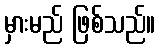
မှားမည် ဖြစ်သည်။